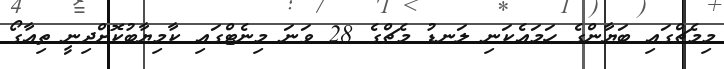
މިމެޗްގައި ބަޔާންގެ ހަމައެކަނި ލަނޑު މެޗްގެ 28 ވަނަ މިނެޓްގައި ކާމިޔާބުކޮށްދިނީ ތިއާގޯ